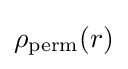
\rho _{\text{perm}}(r)